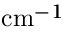
\mathrm { c m } ^ { - 1 }